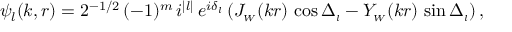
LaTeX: \psi _ { l } ( k , r ) = 2 ^ { - 1 / 2 } \, ( - 1 ) ^ { m } \, i ^ { | l | } \, e ^ { i \delta _ { l } } \, ( J _ { \scriptscriptstyle { W } } ( k r ) \, \cos \Delta _ { \scriptscriptstyle { l } } - Y _ { \scriptscriptstyle { W } } ( k r ) \, \sin \Delta _ { \scriptscriptstyle { l } } ) \, ,